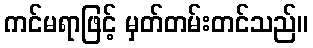
ကင်မရာဖြင့် မှတ်တမ်းတင်သည်။